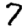
Digit: 7